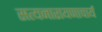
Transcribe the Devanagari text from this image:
सत्यनारायणाचार्य